38_143685_box_Incident_Summaries_101-172
Agency: Department of War
Page 83
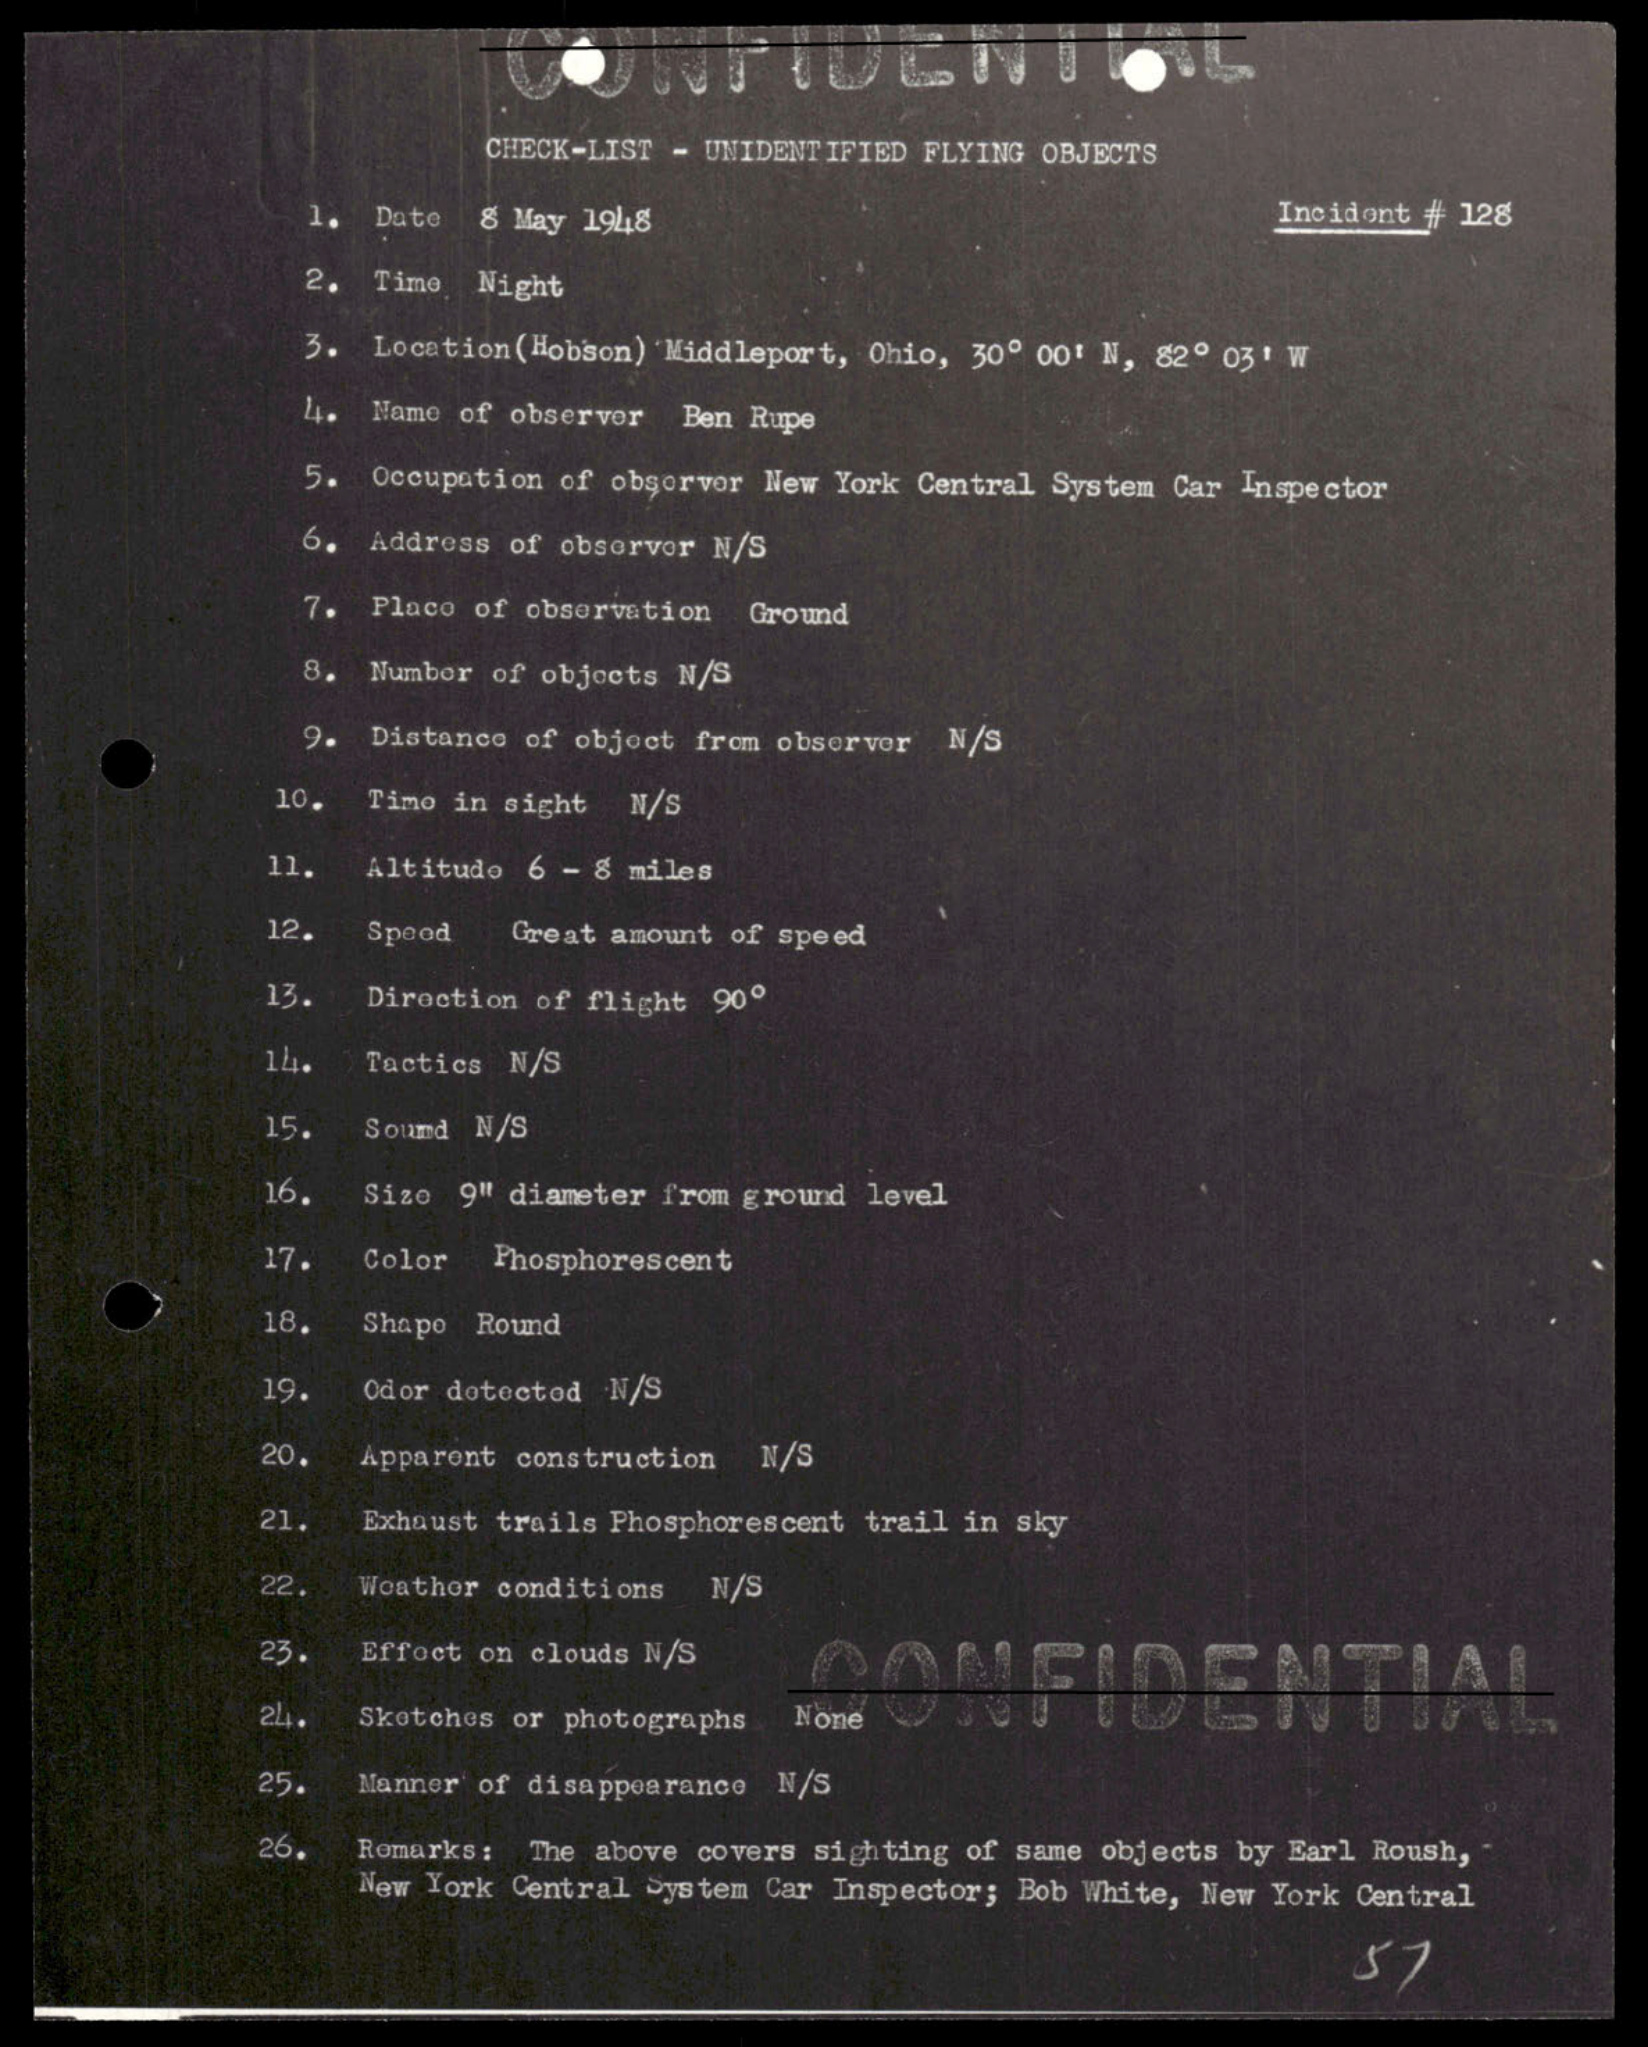